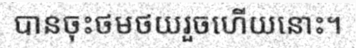
បានចុះថមថយរួចហើយនោះ។